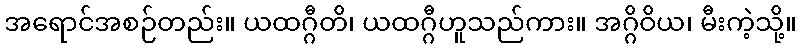
အရောင်အစဉ်တည်း။ ယထဂ္ဂီတိ၊ ယထဂ္ဂီဟူသည်ကား။ အဂ္ဂိဝိယ၊ မီးကဲ့သို့။